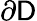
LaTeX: \partial\mathsf{D}